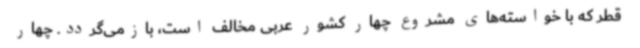
قطر که با خواسته‌های مشروع چهار کشور عربی مخالف است، بازمی‌گردد. چهار